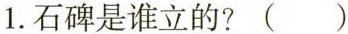
1.石碑是谁立的?( )